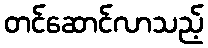
တင်ဆောင်လာသည့်